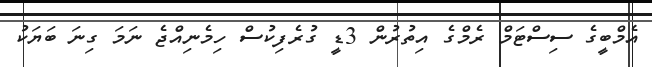
އެމްބީގެ ސިސްޓަމް ރެމްގެ އިތުރުން 3ޑީ ގުރެފިކުސް ހިމެނިއްޖެ ނަމަ ގިނަ ބަޔަކު